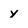
Character: y